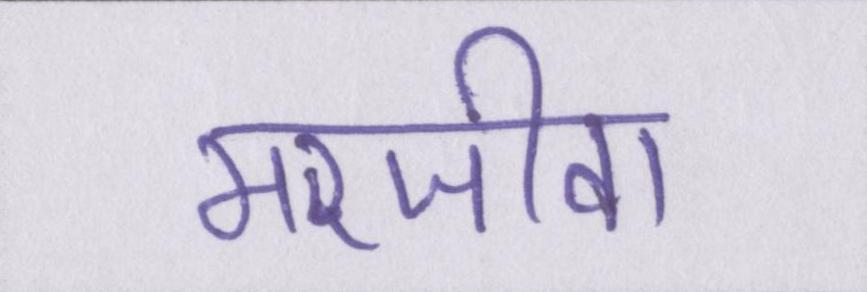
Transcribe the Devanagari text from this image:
मरजीवा